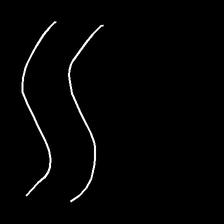
Glyph: float